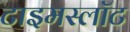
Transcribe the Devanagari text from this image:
टाइमस्लॉट